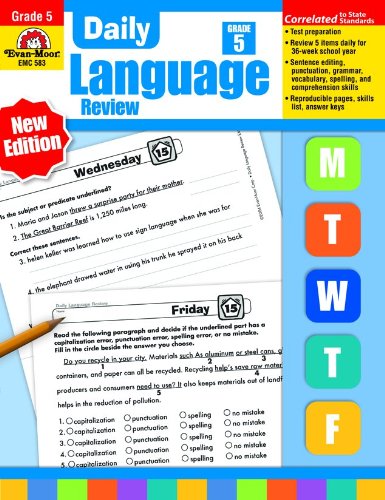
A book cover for Daily Language Review, Grade 5; Evan Moor; Children's Books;